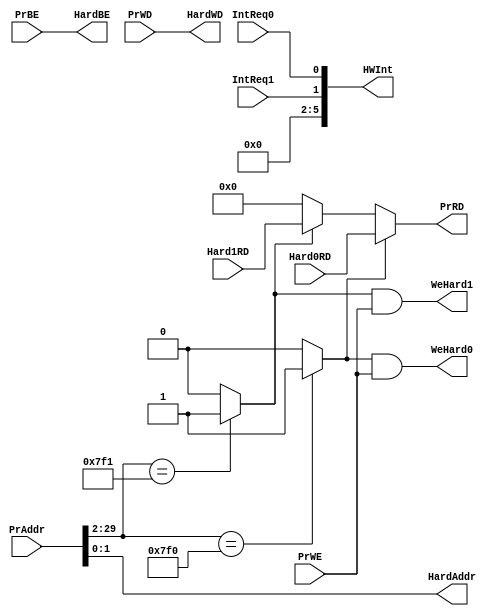
`timescale 1ns / 1ps
//////////////////////////////////////////////////////////////////////////////////
// Company: 
// Engineer: 
// 
// Design Name: 
// Module Name:    bridge 
// Project Name: 
// Target Devices: 
// Tool versions: 
// Description: 
//
// Dependencies: 
//
// Revision: 
// Revision 0.01 - File Created
// Additional Comments: 
//
//////////////////////////////////////////////////////////////////////////////////
module bridge(PrRD,HWInt,PrAddr,PrBE,PrWD,PrWE,HardAddr,HardWD,WeHard0,Hard0RD,IntReq0,HardBE,WeHard1,Hard1RD,IntReq1);
//cpu side:
	input [31:2]PrAddr;
	input [31:0]PrWD;
	input [3:0]PrBE;
	input PrWE;	
	output [31:0] PrRD;
	output [7:2] HWInt;
	
//Device side:	
	output [3:2] HardAddr;
	output [3:0] HardBE;
	output [31:0] HardWD;
	input [31:0] Hard0RD,Hard1RD;	//n=2
	output WeHard0,WeHard1;	
	input IntReq0,IntReq1;
	
	wire Hit0,Hit1;
	assign HardBE=PrBE;
	assign HardAddr=PrAddr[3:2];	//2 bits addr in hardware
	assign HardWD=PrWD;
	assign Hit0=PrAddr[31:4]=='b11111110000 ? 1:0;	//0x0000_7F00-0x0000_7F0B
	assign Hit1=PrAddr[31:4]=='b11111110001 ? 1:0;	//0x0000_7F10-0x0000_7F1B
	assign PrRD=Hit0 ? Hard0RD:
					Hit1 ? Hard1RD:
					32'b0;	
	assign WeHard0=Hit0&PrWE;
	assign WeHard1=Hit1&PrWE;
	assign HWInt[2]=IntReq0;
	assign HWInt[3]=IntReq1;
	assign HWInt[7:4]=4'b0;	//reserve for other devices
	


endmodule